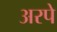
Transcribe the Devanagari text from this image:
अरपे